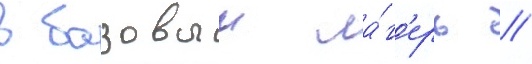
в базовыи ла́г'ерь /